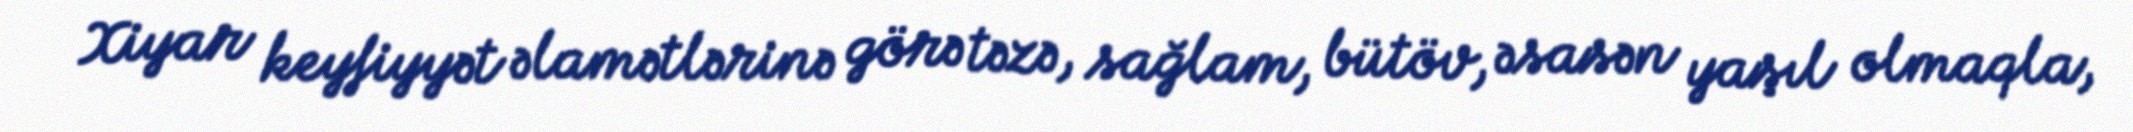
Xiyar keyfiyyət əlamətlərinə görə təzə, sağlam, bütöv, əsasən yaşıl olmaqla,